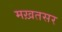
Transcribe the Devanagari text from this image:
मख़तसर